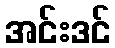
အင်းဒင်